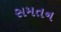
સમતન